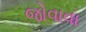
જોવાવા